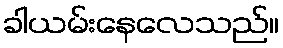
ခါယမ်းနေလေသည်။